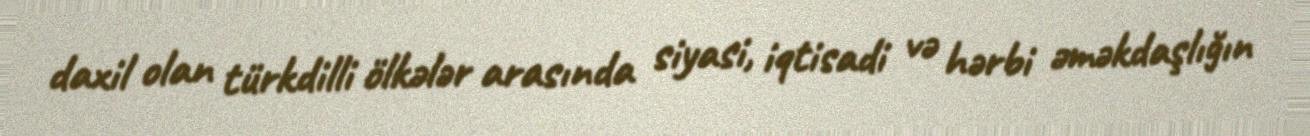
daxil olan türkdilli ölkələr arasında siyasi, iqtisadi və hərbi əməkdaşlığın